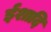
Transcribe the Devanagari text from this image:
ईशादि